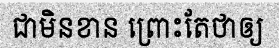
ជាមិនខាន ព្រោះតែថាឲ្យ